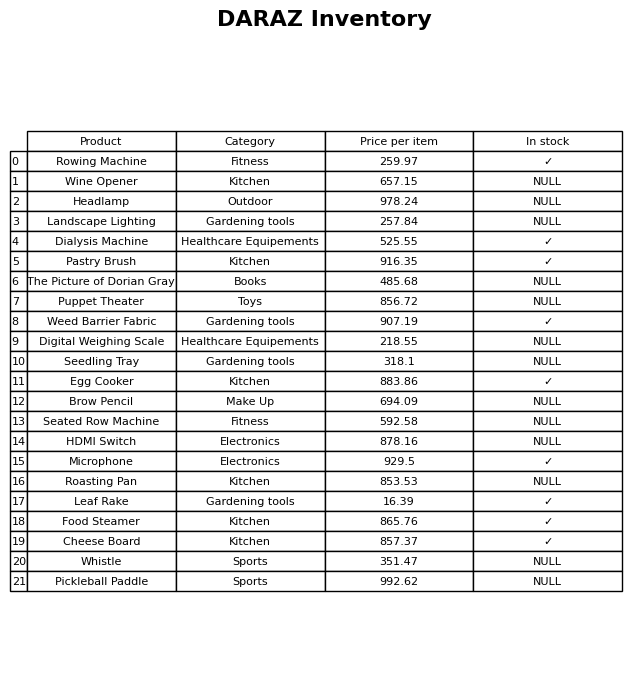
question: What is the price for Roasting Pan?
answer: The price of Roasting Pan is 853.53.